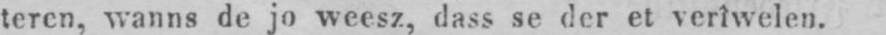
teren, wanns de jo weesz, dass se der et verîwelen.